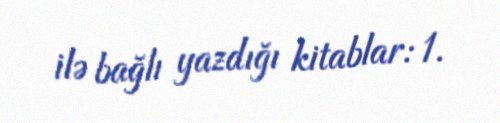
ilə bağlı yazdığı kitablar: 1.